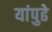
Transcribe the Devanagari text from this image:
यांपुढे